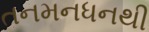
તનમનધનથી